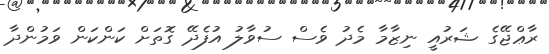
ރާޢްޖޭގެ ޝަރުއީ ނިޒާމާ މެދު ވެސް ސުވާލު އުފެދޭ ގޮތަށް ކަންކަން ވަމުންދާ